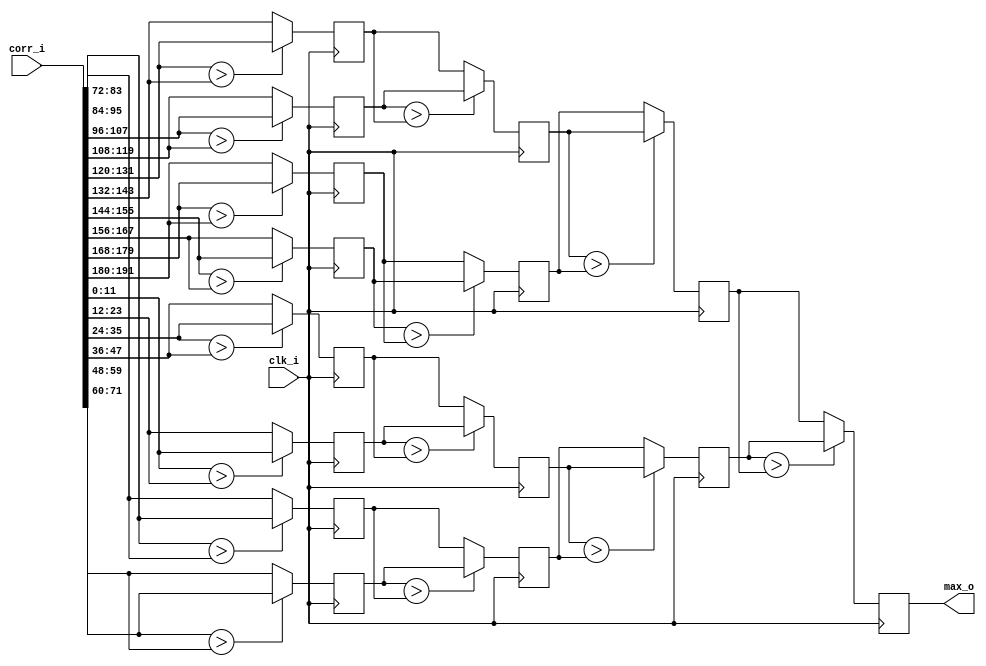
`timescale 1ns / 1ps
// doofy compare tree for RITC
module RITC_compare_tree(
			clk_i,
			corr_i,
			max_o
    );

	parameter NUM_CORR = 16;
	parameter NUM_BITS = 12;
	input clk_i;
	input [NUM_CORR*NUM_BITS-1:0] corr_i;
	output [NUM_BITS-1:0] max_o;
	
	// Outputs the ceiling of log2(number). If value=2,
	// for instance, then
	// i = 0 : 1<2, so loop executes (clogb2 = 1)
	// i = 1 : 2!<2, so loop does not execute, and clogb2 returns 1.
	function integer clogb2;
		input [31:0] value;
		integer 	i;
		begin
			clogb2 = 0;
			for(i = 0; 2**i < value; i = i + 1)
				clogb2 = i + 1;
		end
	endfunction

	localparam NUM_STAGES = clogb2(NUM_CORR);
	localparam NUM_CORR_B2 = 2**NUM_STAGES;
	
	// We only use half of these.
	wire [NUM_BITS-1:0] corrs[NUM_STAGES:0][NUM_CORR_B2-1:0];
	generate
		genvar i,j,k,l;
		for (i=0;i<NUM_CORR_B2;i=i+1) begin : VEC
			if (i < NUM_CORR) assign corrs[0][i] = corr_i[NUM_BITS*i +: NUM_BITS];
			else assign corrs[0][i] = {NUM_BITS{1'b0}};
		end
		for (j=0;j<NUM_STAGES;j=j+1) begin : COMPARE
			// Number of output stages is half our input number.
			reg [NUM_BITS-1:0] stage_max[2**(NUM_STAGES-j-1)-1:0];
			for (k=0;k<2**(NUM_STAGES-j-1);k=k+1) begin : LOOP
				initial stage_max[k] <= {NUM_BITS{1'b0}};
				always @(posedge clk_i) begin : STAGE_COMPARE
					if (corrs[j][2*k] > corrs[j][2*k+1]) stage_max[k] <= corrs[j][2*k];
					else stage_max[k] <= corrs[j][2*k+1];
				end
				assign corrs[j+1][k] = stage_max[k];
			end
		end
	endgenerate
	assign max_o = corrs[NUM_STAGES][0];

endmodule